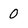
Character: 0